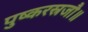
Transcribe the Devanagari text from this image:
पुष्करस्रजौ॥